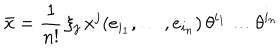
\bar { x } = \frac { 1 } { n ! } \, \xi _ { j } \, x ^ { j } ( e _ { i _ { 1 } } , \dots , e _ { i _ { n } } ) \, \theta ^ { i _ { 1 } } \dots \theta ^ { i _ { n } }